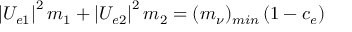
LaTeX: \left| U _ { e 1 } \right| ^ { 2 } m _ { 1 } + \left| U _ { e 2 } \right| ^ { 2 } m _ { 2 } = ( m _ { \nu } ) _ { m i n } \left( 1 - c _ { e } \right)